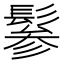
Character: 𩭹